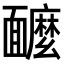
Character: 𩉌